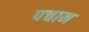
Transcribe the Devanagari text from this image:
पचान